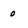
Character: o